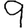
Digit: 9